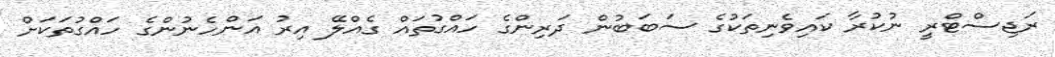
ރަޖިސްޓްރީ ނުކުރާ ކައިވެނިތަކުގެ ސަބަބުން ދަރިންގެ ހައްގުތައް ގެއްލޭ އިރު އަންހެނުންގެ ހައްގުތަކަށް